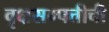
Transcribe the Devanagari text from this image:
वृक्षसम्पत्तीची